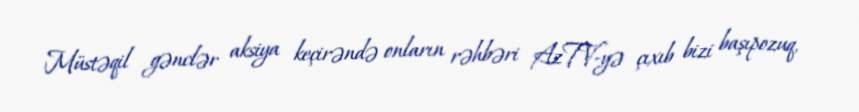
Müstəqil gənclər aksiya keçirəndə onların rəhbəri AzTV-yə çıxıb bizi başıpozuq,